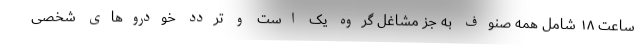
ساعت ۱۸ شامل همه صنوف به جز مشاغل گروه یک است و تردد خودروهای شخصی